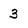
Character: 3